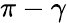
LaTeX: \pi-\gamma